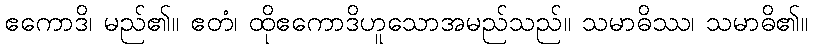
ဧကောဒိ၊ မည်၏။ ဧတံ၊ ထိုဧကောဒိဟူသောအမည်သည်။ သမာဓိဿ၊ သမာဓိ၏။